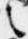
之